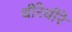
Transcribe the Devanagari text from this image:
धीरेधीरे